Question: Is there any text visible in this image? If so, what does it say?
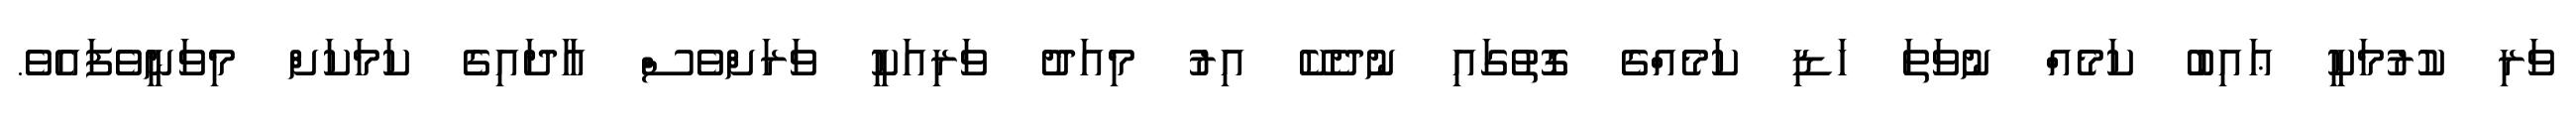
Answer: ވަރި ކުރުމަކީ ޢައިބު ކަމެއް ނުވަތަ ހަޑި ކަމެއްގެ ގޮތުގައި ނުދެކޭ އިރު މިއަދު ވަރިއަކީ ވަރަށްވެސް އާދައިގެ ކަމަކަށް މިވަނީވެފައެވެ.